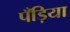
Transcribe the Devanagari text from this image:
पँड़िया